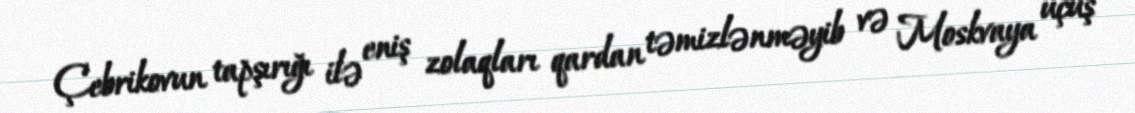
Çebrikovun tapşırığı ilə eniş zolaqları qardan təmizlənməyib və Moskvaya uçuş